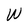
Character: W